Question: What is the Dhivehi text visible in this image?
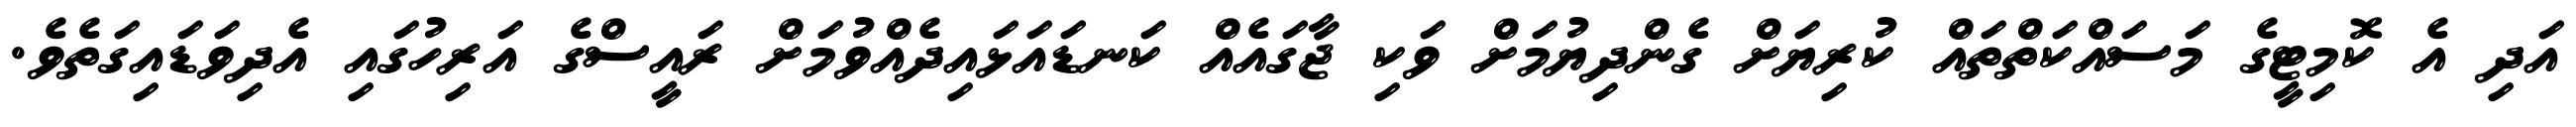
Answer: އަދި އެ ކޮމިޓީގެ މަސައްކަތްތައް ކުރިޔަށް ގެންދިޔުމަށް ވަކި ޖާގައެއް ކަނޑައަޅައިދެއްވުމަށް ރައީސްގެ އަރިހުގައި އެދިވަޑައިގަތެވެ.